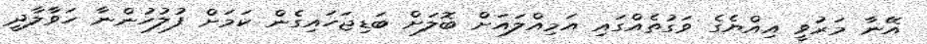
އޭނާ މަރުވީ އިއްޔެގެ ވަގުތެއްގައި އަމިއްލައަށް ބޮލަށް ބަޑިޖަހައިގެން ކަމަށް ފުލުހުންނާ ހަވާލާދީ